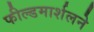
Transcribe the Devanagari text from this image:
फील्डमार्शलने